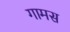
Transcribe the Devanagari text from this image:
गामस